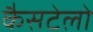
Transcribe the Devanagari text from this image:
कैसटेलो